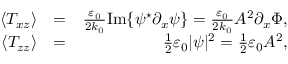
\begin{array} { r l r } { \langle T _ { x z } \rangle } & { = } & { \frac { \varepsilon _ { 0 } } { 2 k _ { 0 } } \mathrm { I m } \{ \psi ^ { \star } \partial _ { x } \psi \} = \frac { \varepsilon _ { 0 } } { 2 k _ { 0 } } A ^ { 2 } \partial _ { x } \Phi , } \\ { \langle T _ { z z } \rangle } & { = } & { \frac { 1 } { 2 } \varepsilon _ { 0 } | \psi | ^ { 2 } = \frac { 1 } { 2 } \varepsilon _ { 0 } A ^ { 2 } , } \end{array}